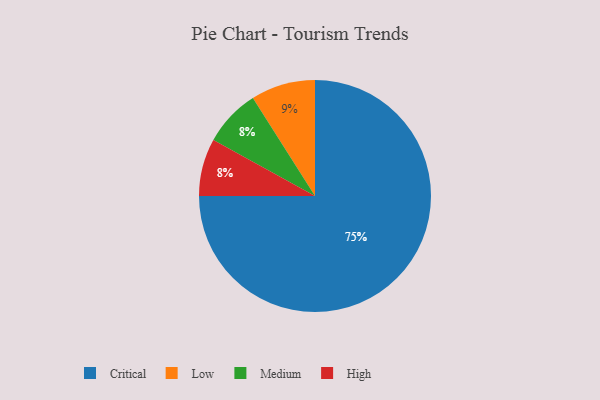
{"axis": {"x": "Category", "y": "Percentage"}, "legend": ["Critical", "High", "Low", "Medium"], "data": [{"x": "Critical", "y": 75, "type": "Critical"}, {"x": "Medium", "y": 8, "type": "Medium"}, {"x": "High", "y": 8, "type": "High"}, {"x": "Low", "y": 9, "type": "Low"}]}